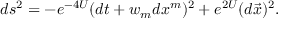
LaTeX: d s ^ { 2 } = - e ^ { - 4 U } ( d t + w _ { m } d x ^ { m } ) ^ { 2 } + e ^ { 2 U } ( d \vec { x } ) ^ { 2 } .